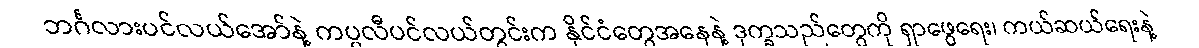
ဘင်္ဂလားပင်လယ်အော်နဲ့ ကပ္ပလီပင်လယ်တွင်းက နိုင်ငံတွေအနေနဲ့ ဒုက္ခသည်တွေကို ရှာဖွေရေး၊ ကယ်ဆယ်ရေးနဲ့